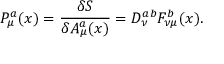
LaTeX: P _ { \mu } ^ { a } ( x ) = \frac { \delta { S } } { \delta { A _ { \mu } ^ { a } ( x ) } } = D _ { \nu } ^ { a b } F _ { \nu \mu } ^ { b } ( x ) .